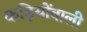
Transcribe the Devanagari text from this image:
कड़ियोंवाली